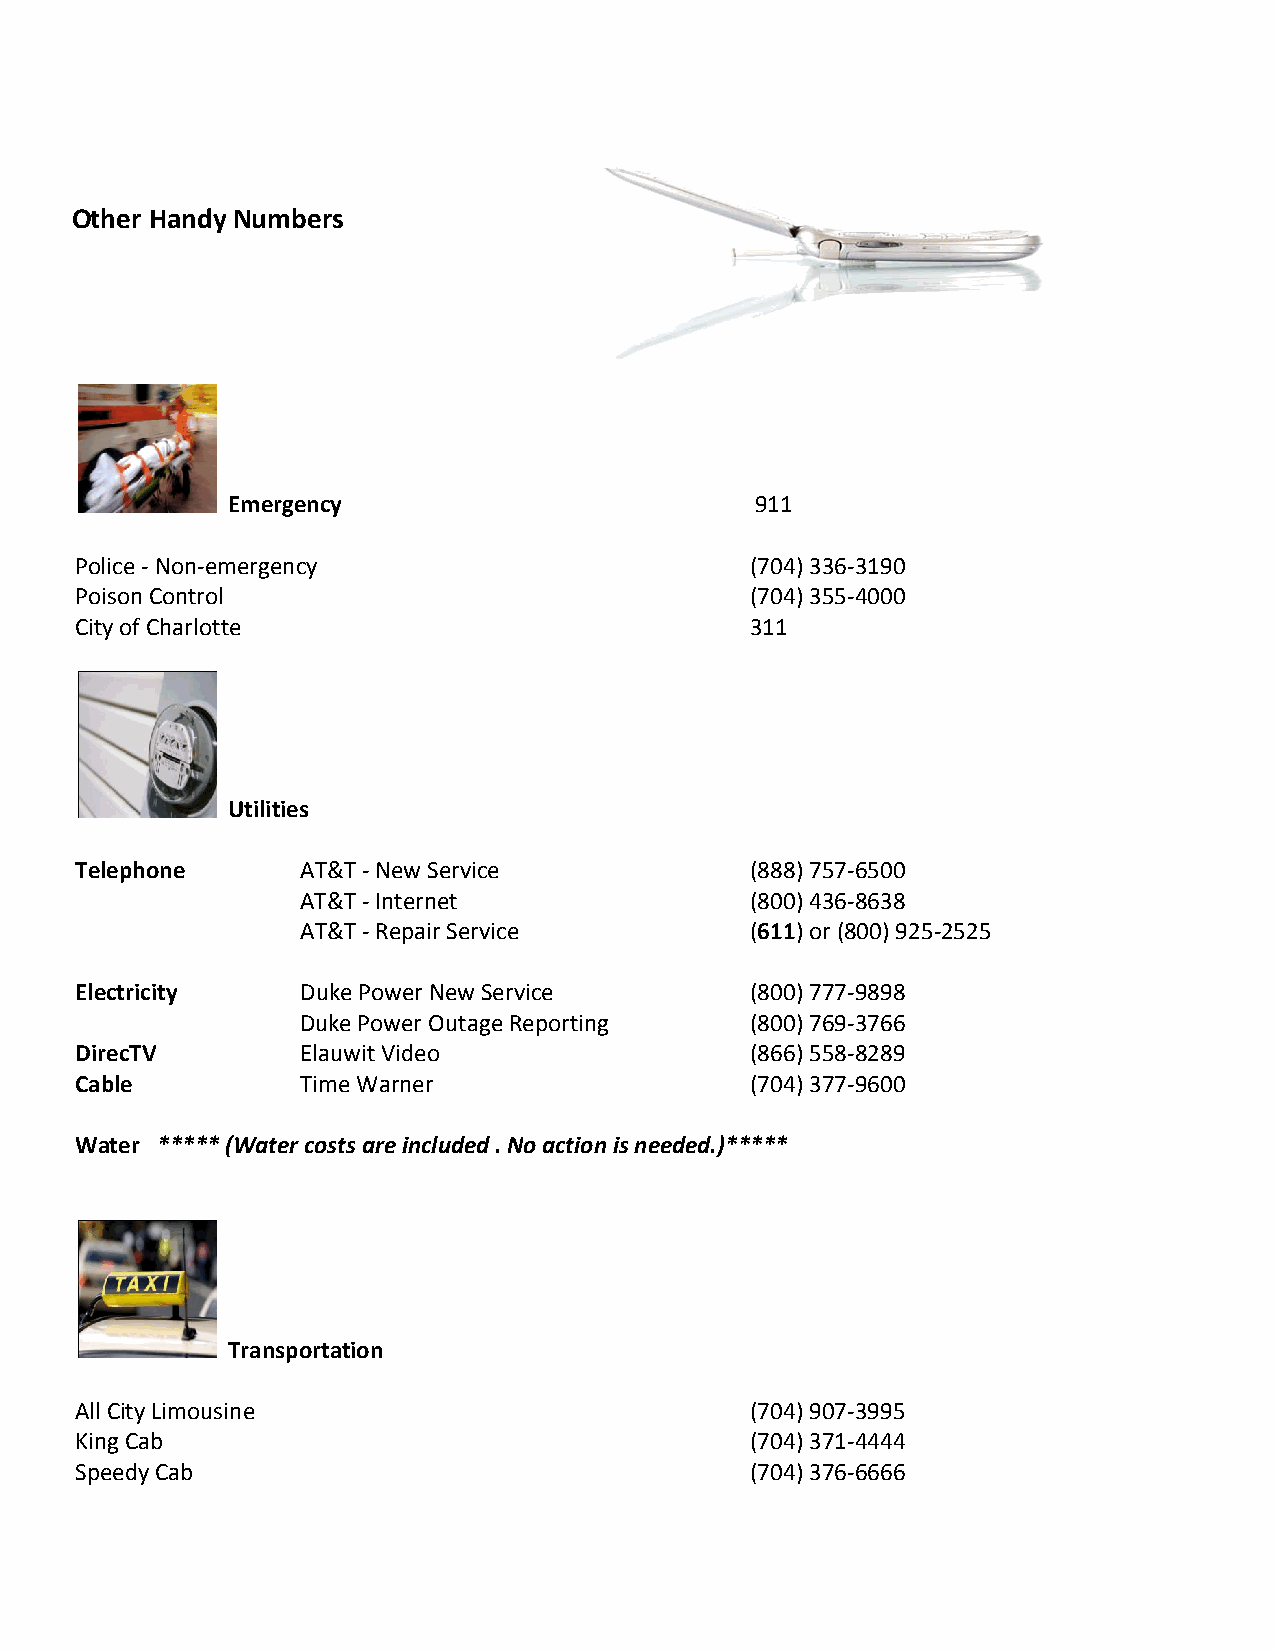
Other Handy Numbers
 Emergency                          911
 Police - Non-emergency                       (704) 336-3190
 Poison Control                               (704) 355-4000
 City of Charlotte                            311
 Utilities
 Telephone      AT&T - New Service            (888) 757-6500
 AT&T - Internet               (800) 436-8638
 AT&T - Repair Service         (611) or (800) 925-2525
 Electricity    Duke Power New Service        (800) 777-9898
 Duke Power Outage Reporting   (800) 769-3766
 DirecTV        Elauwit Video                 (866) 558-8289
 Cable          Time Warner                   (704) 377-9600
 Water ***** (Water costs are included . No action is needed.)*****
 Transportation
 All City Limousine                           (704) 907-3995
 King Cab                                     (704) 371-4444
 Speedy Cab                                   (704) 376-6666